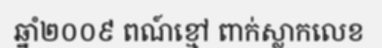
ឆ្នាំ២០០៩ ពណ៍ខ្មៅ ពាក់ស្លាកលេខ